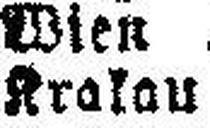
Kralau